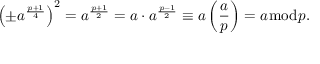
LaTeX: \left( \pm a ^ { \frac { p + 1 } { 4 } } \right) ^ { 2 } = a ^ { \frac { p + 1 } { 2 } } = a \cdot a ^ { \frac { p - 1 } { 2 } } \equiv a \left( { \frac { a } { p } } \right) = a { \bmod { p } } .